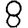
Digit: 8